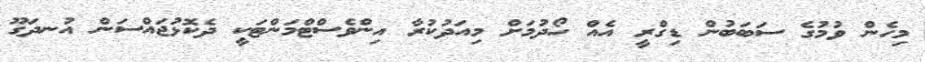
މިހެން ވުމުގެ ސަބަބުން ޑިގްރީ އެއް ހޯދުމަށް މިއަދުކުރާ އިންވެސްޓްމަންޓަކީ ދެކޮޅުޖައްސަން އުނދަގޫ